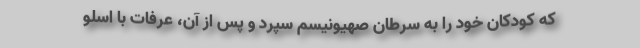
که کودکان خود را به سرطان صهیونیسم سپرد و پس از آن، عرفات با اسلو